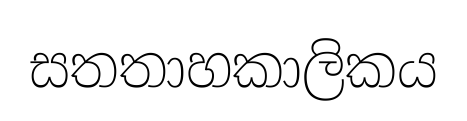
සතතාහකාලිකය